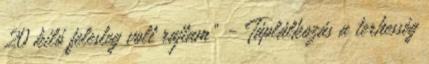
20 kiló felesleg volt rajtam" - Táplálkozás a terhesség